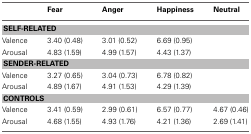
<table><thead><tr><td></td><td><b>Fear</b></td><td><b>Anger</b></td><td><b>Happiness</b></td><td><b>Neutral</b></td></tr></thead><tbody><tr><td colspan="5"><b>SELF-RELATED</b></td></tr><tr><td>Valence</td><td>3.40 (0.48)</td><td>3.01 (0.52)</td><td>6.69 (0.95)</td><td></td></tr><tr><td>Arousal</td><td>4.83 (1.59)</td><td>4.99 (1.57)</td><td>4.43 (1.37)</td><td></td></tr><tr><td colspan="5"><b>SENDER-RELATED</b></td></tr><tr><td>Valence</td><td>3.27 (0.65)</td><td>3.04 (0.73)</td><td>6.78 (0.82)</td><td></td></tr><tr><td>Arousal</td><td>4.89 (1.67)</td><td>4.91 (1.53)</td><td>4.29 (1.39)</td><td></td></tr><tr><td colspan="5"><b>CONTROLS</b></td></tr><tr><td>Valence</td><td>3.41 (0.59)</td><td>2.99 (0.61)</td><td>6.57 (0.77)</td><td>4.67 (0.46)</td></tr><tr><td>Arousal</td><td>4.68 (1.55)</td><td>4.93 (1.76)</td><td>4.21 (1.36)</td><td>2.69 (1.41)</td></tr></tbody></table>